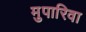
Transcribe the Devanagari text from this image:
मुपारिवा